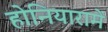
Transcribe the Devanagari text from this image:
होनियारामें